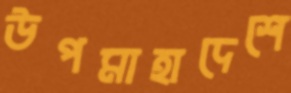
উপমাহাদেশে